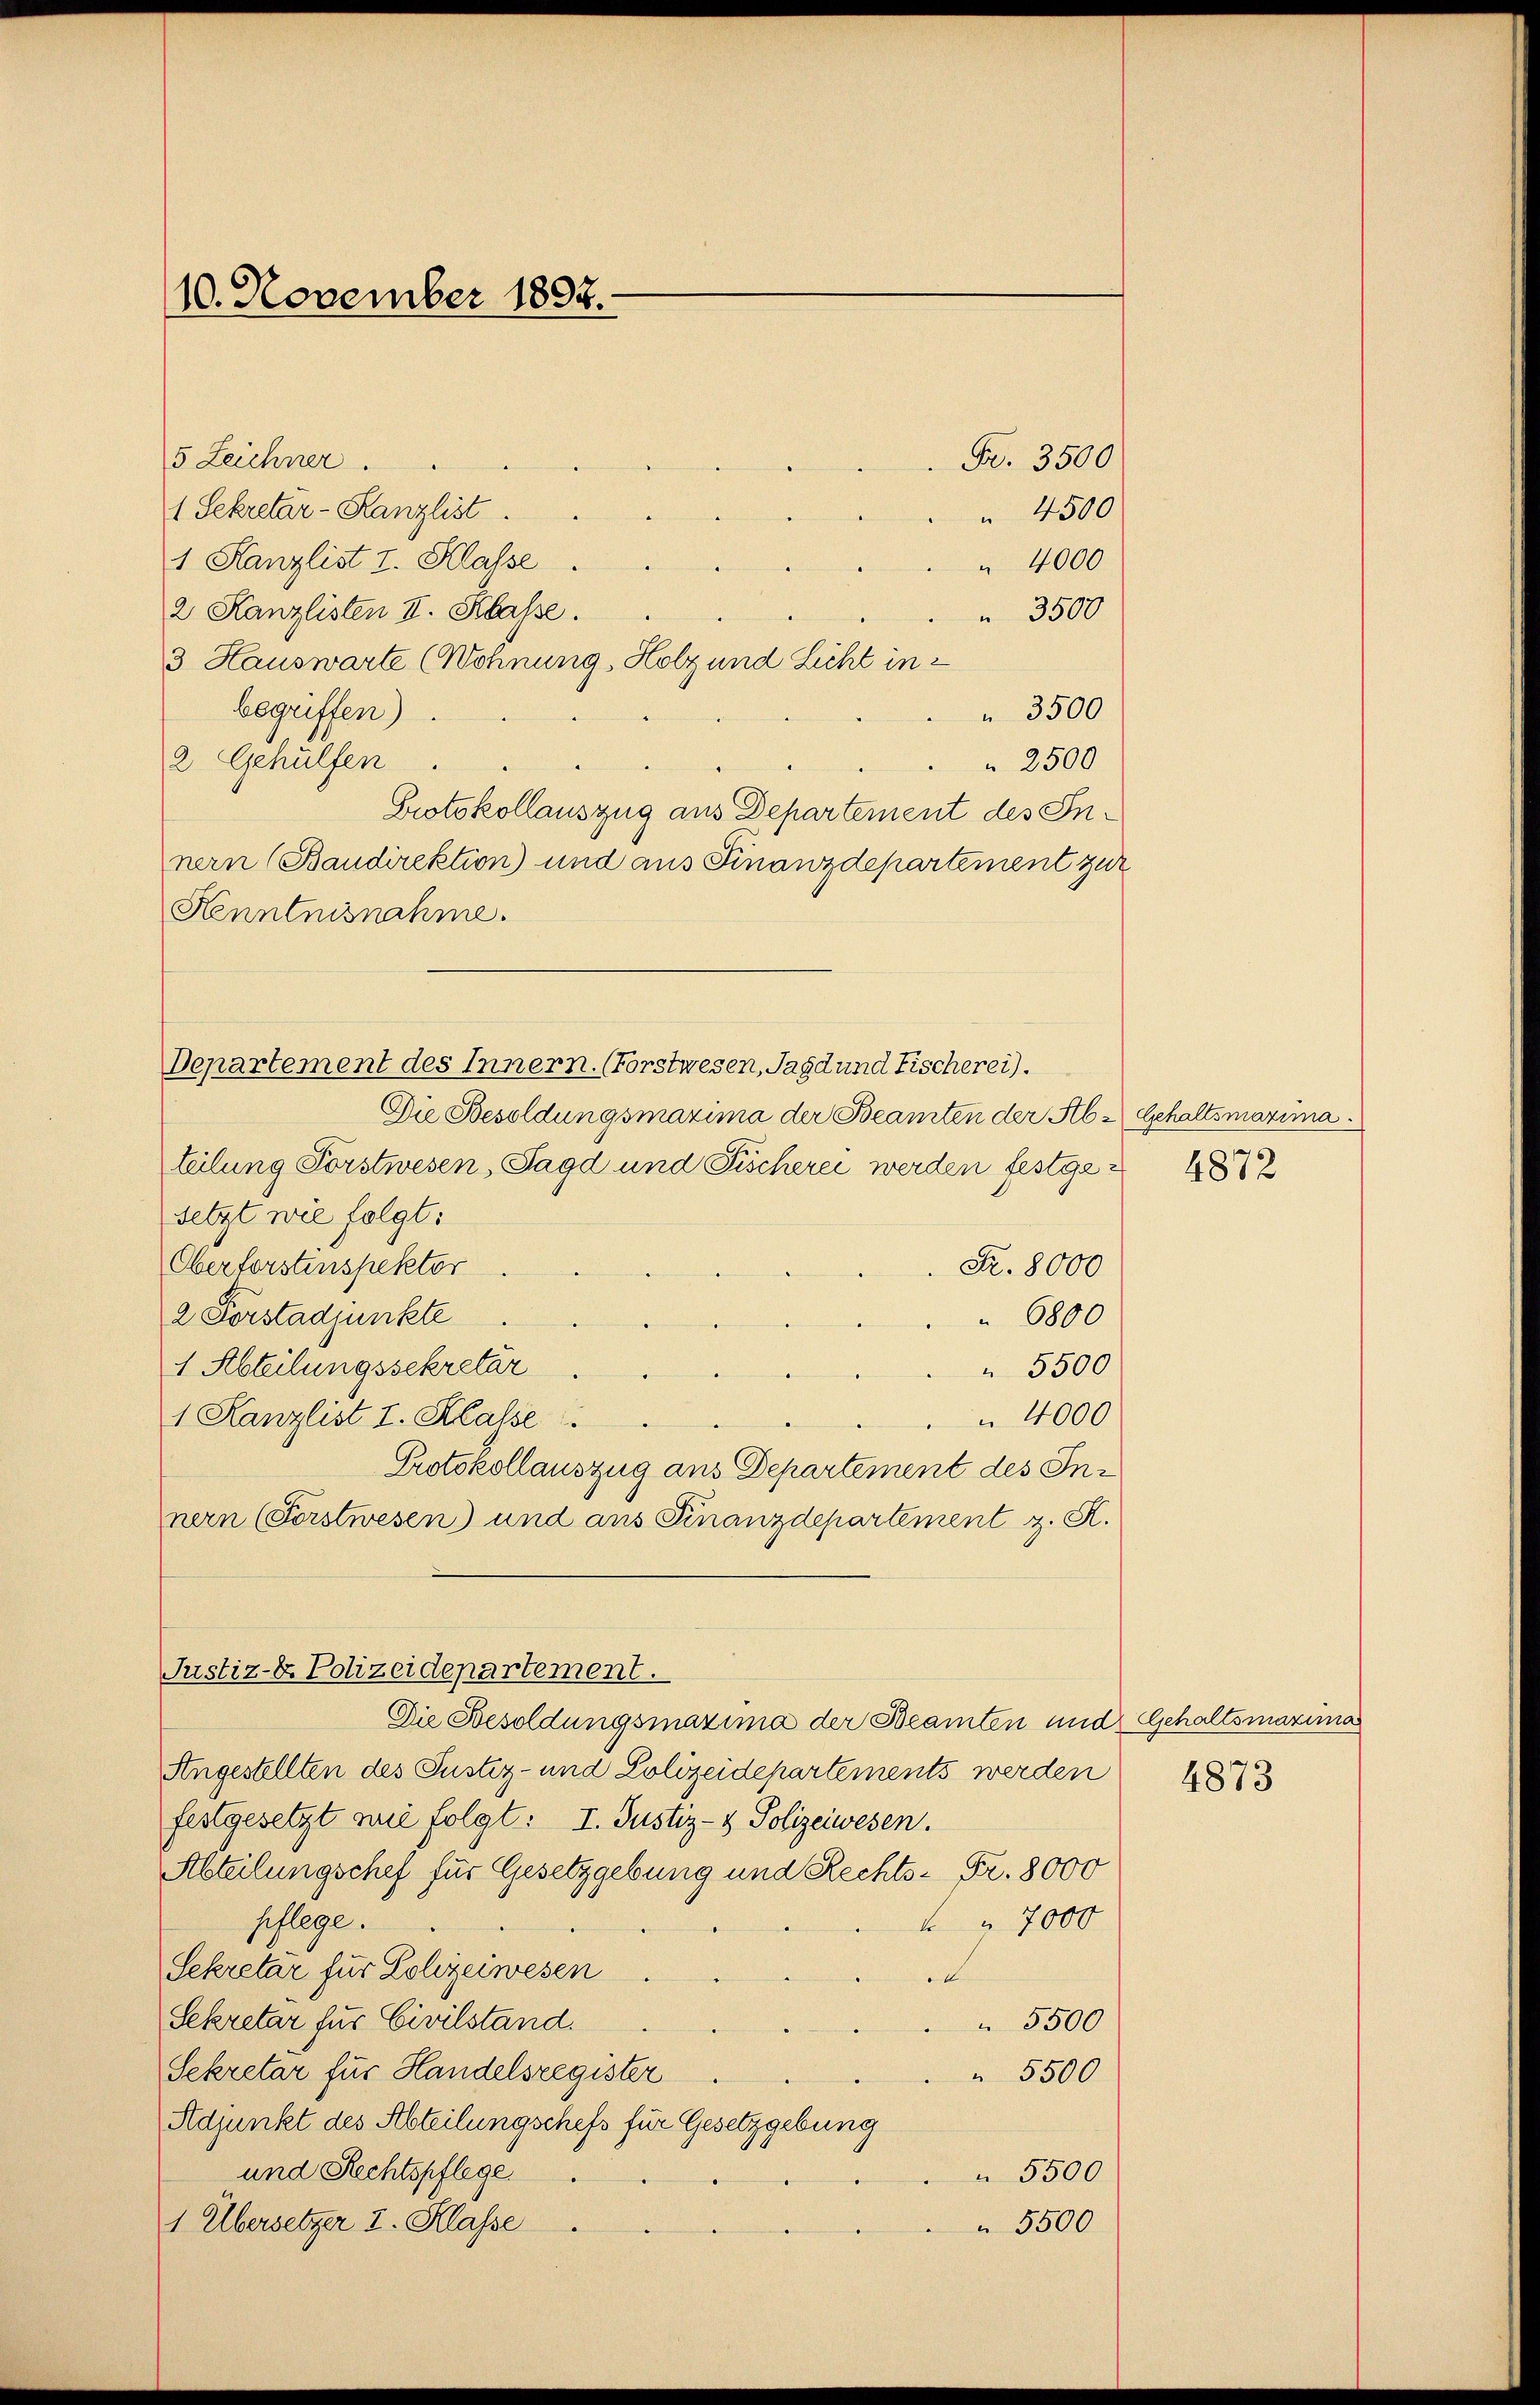
10. November 1892.

5 Zeichner ..
1 Sekretär-Kanzlist.
1 Kanzlist I. Klasse
" 4000
2 Kanzlisten I. Klasse.
 3500
3 Hauswarte (Wohnung, Holz und Licht inbegriffen)
 3500
 2500
2 Gehülfen
Protokollauszug aus Departement des Innern (Baudirektion) und aus Finanzdepartement zur
Henntnisnahme.

Departement des Innern. (Forstwesen, Jagd und Fischerei).

Die Besoldungsmazima der Beamten der Ab-Gehaltsmaxima
teilung Forstwesen, Jagd und Fischerei werden festge 1872
setzt wie folgt:
Fr. 8000
Oberforstinspektor.
2 Forstadjunkte
 6800
1 Abteilungssekretar
 5500
4000
1 Kanzlist I. Klasse
Protokollauszug aus Departement des Innern (Forstwesen) und ans Finanzdepartement z. R.
Justiz-E. Polizeidepartement.
Die Besoldungsmaxima der Beamten und Gehaltsmaxima
Angestellten des Justiz- und Polizeidepartements werden
festgesetzt wie folgt: I. Justiz- & Polizeiwesen.
Abteilungschef für Gesetzgebung und Rechts- Fr. 8000
pflege.
7000
Sekretär für Polizeiwesen
e
Sekretär für Civilstand.
5500
Sekretär für Handelsregister
 5500
Adjunkt des Abteilungschefs für Gesetzgebung
und Rechtspflege
 5500
1 Übersetzer I. Klasse
 5500

Fr. 3500
 4500

4873